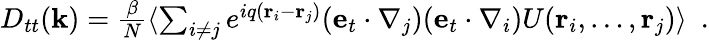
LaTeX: \begin{array}{r}{D_{tt}({\mathbf k})=\frac{\beta}{N}\langle\sum_{i\neq j}e^{iq({\mathbf r}_{i}-{\mathbf r}_{j})}({\mathbf e}_{t}\cdot\nabla_{j})({\mathbf e}_{t}\cdot\nabla_{i})U({\mathbf r}_{i},\ldots,{\mathbf r}_{j})\rangle~~.}\end{array}